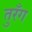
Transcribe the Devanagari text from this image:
तुरँग